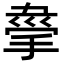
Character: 𢮟